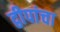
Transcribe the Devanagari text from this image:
द्वीपांचा